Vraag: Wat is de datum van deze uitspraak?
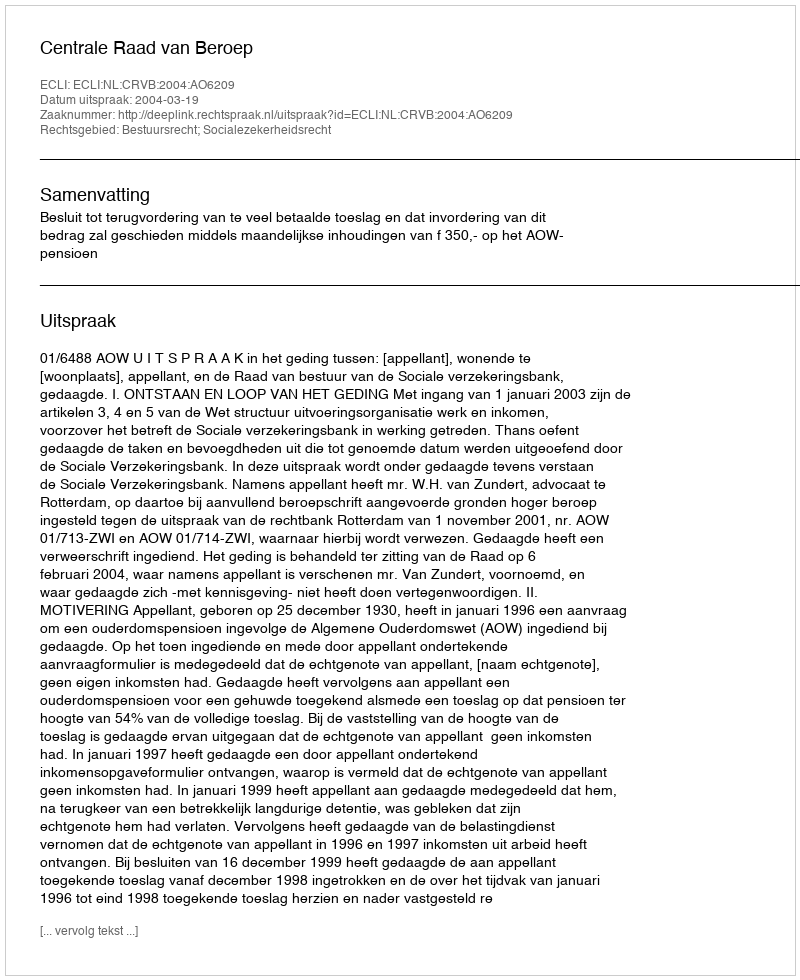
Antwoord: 2004-03-19